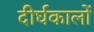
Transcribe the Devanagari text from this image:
दीर्घकालों